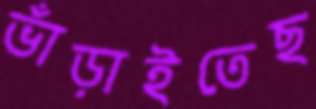
ভাঁড়াইতেছ